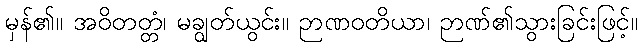
မှန်၏။ အဝိတတ္တံ၊ မချွတ်ယွင်း။ ဉာဏဝတိယာ၊ ဉာဏ်၏သွားခြင်းဖြင့်။